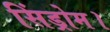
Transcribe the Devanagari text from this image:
सिंड्रोम।